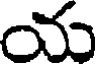
య